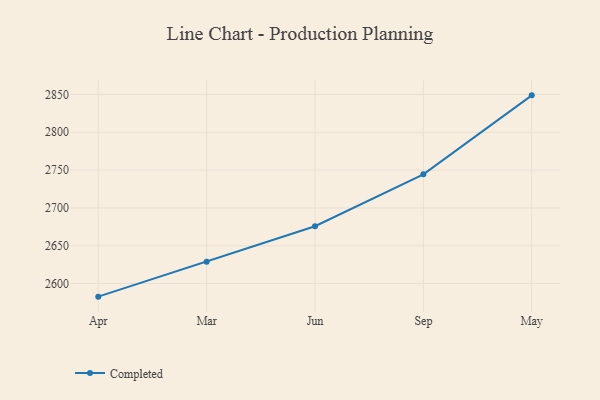
{"axis": {"x": "Month", "y": "LTV (USD)"}, "legend": ["Completed"], "data": [{"x": "Apr", "y": 2582.8, "type": "Completed"}, {"x": "Mar", "y": 2628.8, "type": "Completed"}, {"x": "Jun", "y": 2675.8, "type": "Completed"}, {"x": "Sep", "y": 2744.4, "type": "Completed"}, {"x": "May", "y": 2848.8, "type": "Completed"}]}